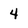
Character: 4